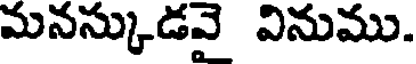
మనస్కుడవై వినుము.